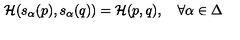
{ \cal H } ( s _ { \alpha } ( p ) , s _ { \alpha } ( q ) ) = { \cal H } ( p , q ) , \quad \forall \alpha \in \Delta